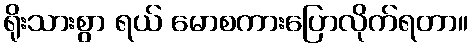
ရိုးသားစွာ ရယ် မောစကားပြောလိုက်ရတာ။